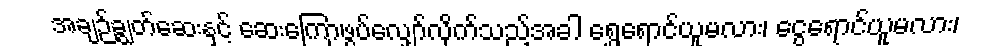
အချဉ်ချွတ်ဆေးနှင့် ဆေးကြောဖွပ်လျှော်လိုက်သည့်အခါ ရွှေရောင်ယူမလား၊ ငွေရောင်ယူမလား၊